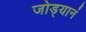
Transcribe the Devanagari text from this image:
जोड्यानं